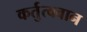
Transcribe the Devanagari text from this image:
कर्तुत्ववान